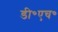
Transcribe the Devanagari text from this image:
डी॰एच॰